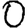
Digit: 0